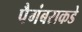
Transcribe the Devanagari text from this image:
पैगंबराकडे